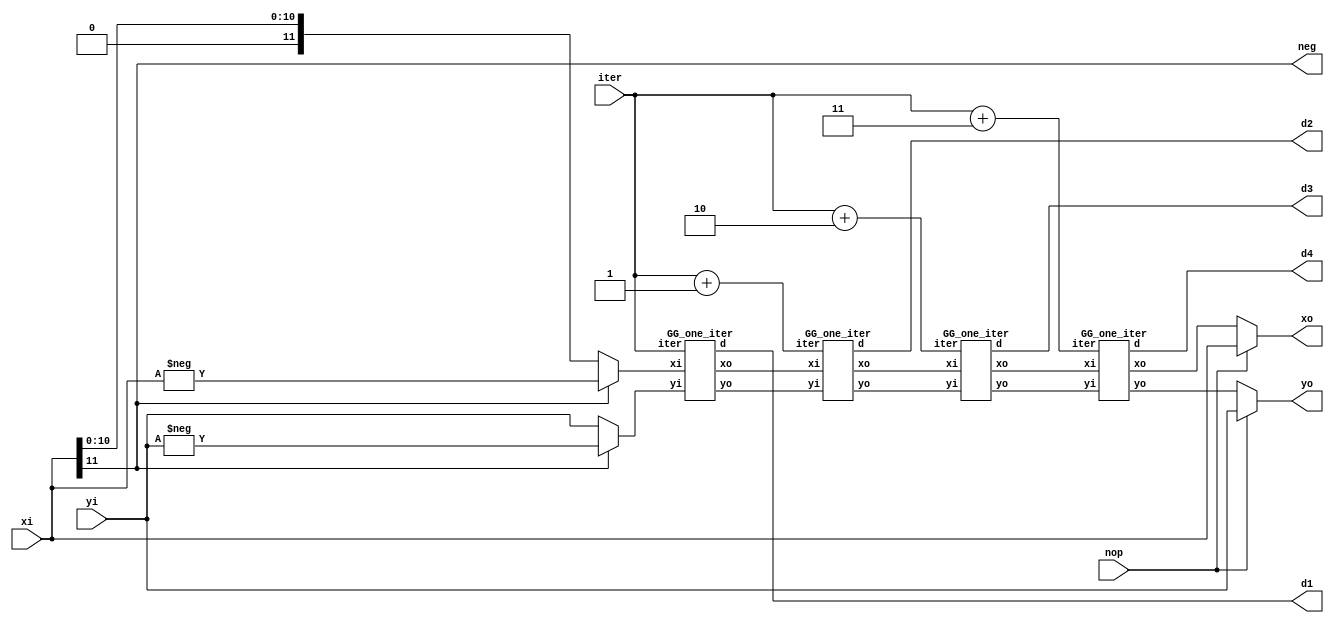
module GG #(
	parameter R_LEN  = 12,
	parameter R_FRAC = 2
)(
	input 						nop,
	input 	signed	[R_LEN-1:0]	xi,
	input 	signed	[R_LEN-1:0]	yi,
	input			[3:0]		iter,
					
	output			[1:0]		d1,
	output			[1:0]		d2,
	output			[1:0]		d3,
	output			[1:0]		d4,
	output						neg,
	output	signed 	[R_LEN-1:0]	xo,
	output	signed 	[R_LEN-1:0]	yo
);



wire signed [R_LEN-1:0]	xi_0 = neg ? -xi : xi;
wire signed [R_LEN-1:0]	yi_0 = neg ? -yi : yi;
	
wire signed [R_LEN-1:0]	xo_1;
wire signed [R_LEN-1:0]	yo_1;
		
wire signed [R_LEN-1:0]	xo_2;
wire signed [R_LEN-1:0]	yo_2;

wire signed [R_LEN-1:0]	xo_3;
wire signed [R_LEN-1:0]	yo_3;

wire signed [R_LEN-1:0]	xo_4;
wire signed [R_LEN-1:0]	yo_4;

wire [3:0] iter_1 = iter;
wire [3:0] iter_2 = iter + 4'd1;
wire [3:0] iter_3 = iter + 4'd2;
wire [3:0] iter_4 = iter + 4'd3;

// check whether xi is positive or negative
assign neg = xi[R_LEN-1];

assign xo = nop ? xi : xo_4;
assign yo = nop ? yi : yo_4;

GG_one_iter GG_one_iter_1(
	.xi		(xi_0),
	.yi     (yi_0),
	.iter   (iter_1),
	.d      (d1),
	.xo     (xo_1),
	.yo     (yo_1)
);

GG_one_iter GG_one_iter_2(
	.xi		(xo_1),
	.yi     (yo_1),
	.iter   (iter_2),
	.d      (d2),
	.xo     (xo_2),
	.yo     (yo_2)
);

GG_one_iter GG_one_iter_3(
	.xi		(xo_2),
	.yi     (yo_2),
	.iter   (iter_3),
	.d      (d3),
	.xo     (xo_3),
	.yo     (yo_3)
);

GG_one_iter GG_one_iter_4(
	.xi		(xo_3),
	.yi     (yo_3),
	.iter   (iter_4),
	.d      (d4),
	.xo     (xo_4),
	.yo     (yo_4)
);

endmodule


module GG_one_iter #(
	parameter R_LEN  = 12,
	parameter R_FRAC = 2
)(
	input        signed [R_LEN-1:0]		xi,
	input        signed [R_LEN-1:0]		yi,
	input				[3:0]			iter,
	output				[1:0]			d,
	output  reg  signed [R_LEN-1:0]     xo,
	output  reg  signed [R_LEN-1:0]     yo
);

assign d = (yi == 'd0) ? 2'd2 : xi[R_LEN-1] ^ yi[R_LEN-1];

always @(*) begin
	if(d == 2'd2) begin
        xo = xi;
		yo = yi;
    end
	else if(d == 2'd1) begin
		xo = xi - (yi >>> iter);
		yo = yi + (xi >>> iter);
	end
	else begin
		xo = xi + (yi >>> iter);
		yo = yi - (xi >>> iter);
	end
end

endmodule